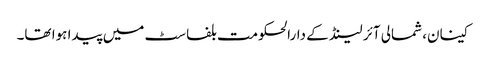
کینان، شمالی آئر لینڈ کے دارالحکومت بلفاسٹ میں پیدا ہوا تھا۔